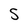
Character: S